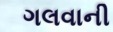
ગલવાની